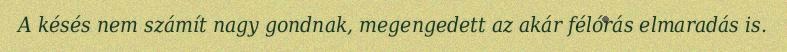
A késés nem számít nagy gondnak, megengedett az akár félórás elmaradás is.